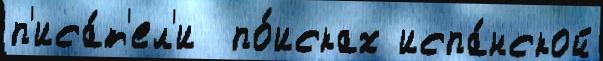
п'иса́т'ел'и  по́исках испа́нской